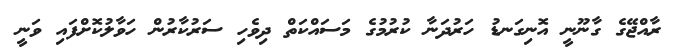
ރާއްޖޭގެ ގާނޫނީ އޮނިގަނޑު ހަރުދަނާ ކުރުމުގެ މަސައްކަތް ދިވެހި ސަރުކާރުން ހަވާލުކޮށްފައި ވަނީ